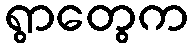
ရွာတွေက